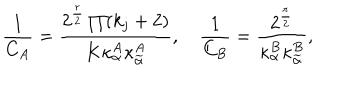
LaTeX: { \frac { 1 } { C _ { A } } } = \frac { 2 ^ { \frac { r } { 2 } } \prod ( k _ { j } + 2 ) } { K \kappa _ { \alpha } ^ { A } \kappa _ { \widetilde { \alpha } } ^ { A } } , \quad { \frac { 1 } { C _ { B } } } = \frac { 2 ^ { \frac { r } { 2 } } } { \kappa _ { \alpha } ^ { B } \kappa _ { \widetilde { \alpha } } ^ { B } } ,